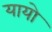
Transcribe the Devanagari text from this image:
यायो